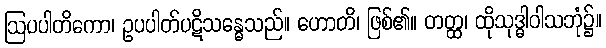
ဩပပါတိကော၊ ဥပပါတ်ပဋိသန္ဓေသည်။ ဟောတိ၊ ဖြစ်၏။ တတ္ထ၊ ထိုသုဒ္ဓါဝါသဘုံ၌။